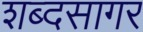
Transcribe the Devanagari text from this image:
शब्‍दसागर